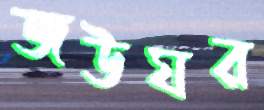
জউঘর